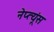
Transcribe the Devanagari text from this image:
नेप्त्यूंस